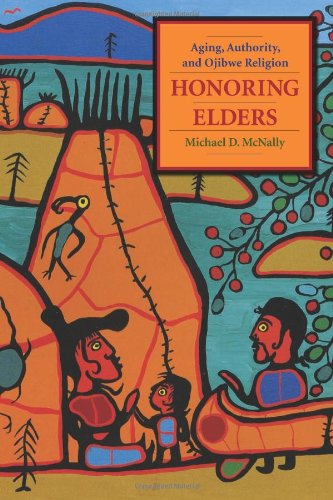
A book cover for Honoring Elders: Aging, Authority, and Ojibwe Religion (Religion and American Culture); Michael D. McNally; Religion & Spirituality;